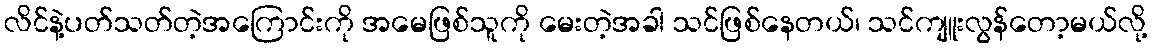
လိင်နဲ့ပတ်သတ်တဲ့အကြောင်းကို အမေဖြစ်သူကို မေးတဲ့အခါ သင်ဖြစ်နေတယ်၊ သင်ကျူးလွန်တော့မယ်လို့